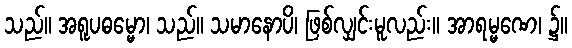
သည်။ အရူပဓမ္မော၊ သည်။ သမာနောပိ၊ ဖြစ်လျှင်းမူလည်း။ အာရမ္မဏေ၊ ၌။